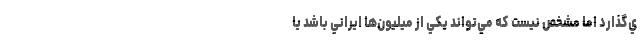
ي‌گذارد اما مشخص نيست كه مي‌تواند يكي از ميليون‌ها ايراني باشد يا